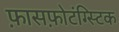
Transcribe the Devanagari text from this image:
फ़ासफ़ोटंग्स्टिक